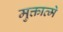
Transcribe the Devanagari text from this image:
मुक्तात्मे